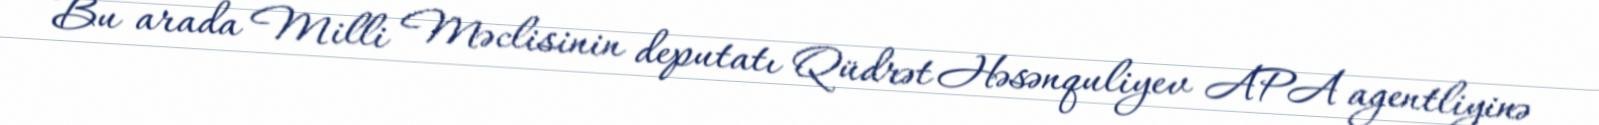
Bu arada Milli Məclisinin deputatı Qüdrət Həsənquliyev APA agentliyinə